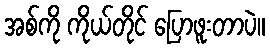
အစ်ကို ကိုယ်တိုင် ပြောဖူးတာပဲ။